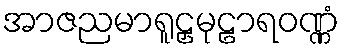
အာဇညမာရူဠှမုဠာရဝဏ္ဏံ